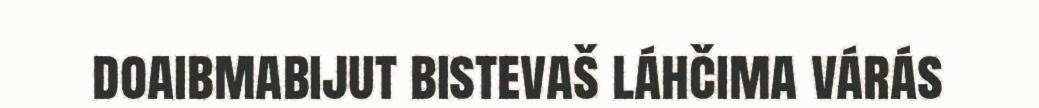
doaibmabijut bistevaš láhčima várás